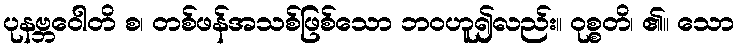
ပုနဗ္ဘဝေါတိ စ၊ တစ်ဖန်အသစ်ဖြစ်သော ဘဝဟူ၍လည်း။ ဝုစ္စတိ၊ ၏။ သော